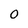
Character: O